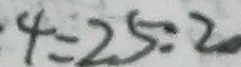
4 = 2 5 : 2